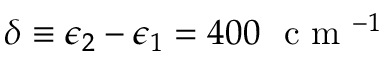
\delta \equiv \epsilon _ { 2 } - \epsilon _ { 1 } = 4 0 0 ~ \textrm { c m } ^ { - 1 }